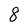
Character: 8